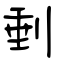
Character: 剰